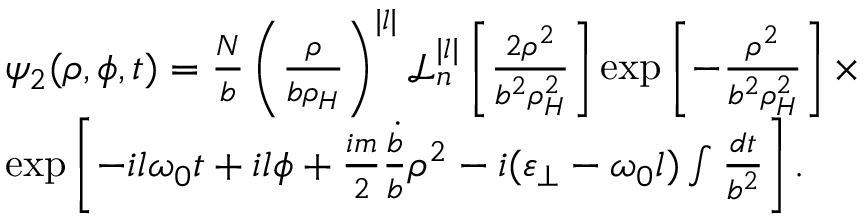
\begin{array} { r l } & { \psi _ { 2 } ( \rho , \phi , t ) = \frac { N } { b } \left( \frac { \rho } { b \rho _ { H } } \right) ^ { | l | } \mathcal { L } _ { n } ^ { | l | } \left[ \frac { 2 \rho ^ { 2 } } { b ^ { 2 } \rho _ { H } ^ { 2 } } \right] \exp \left[ - \frac { \rho ^ { 2 } } { b ^ { 2 } \rho _ { H } ^ { 2 } } \right] \times } \\ & { \exp \left[ - i l \omega _ { 0 } t + i l \phi + { \frac { i m } { 2 } \frac { \dot { b } } { b } \rho ^ { 2 } } - i ( \varepsilon _ { \perp } - \omega _ { 0 } l ) \int \frac { d t } { b ^ { 2 } } \right] . } \end{array}